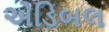
એડિબલ